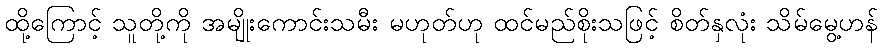
ထို့ကြောင့် သူတို့ကို အမျိုးကောင်းသမီး မဟုတ်ဟု ထင်မည်စိုးသဖြင့် စိတ်နှလုံး သိမ်မွေ့ဟန်